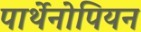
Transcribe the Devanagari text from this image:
पार्थेनोपियन